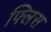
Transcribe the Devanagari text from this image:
फ्लिस